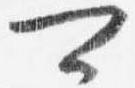
可